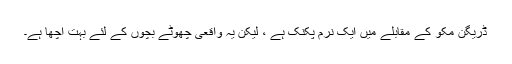
ڈریگن مکو کے مقابلے میں ایک نرم پکنک ہے ، لیکن یہ واقعی چھوٹے بچوں کے لئے بہت اچھا ہے۔